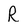
Character: R